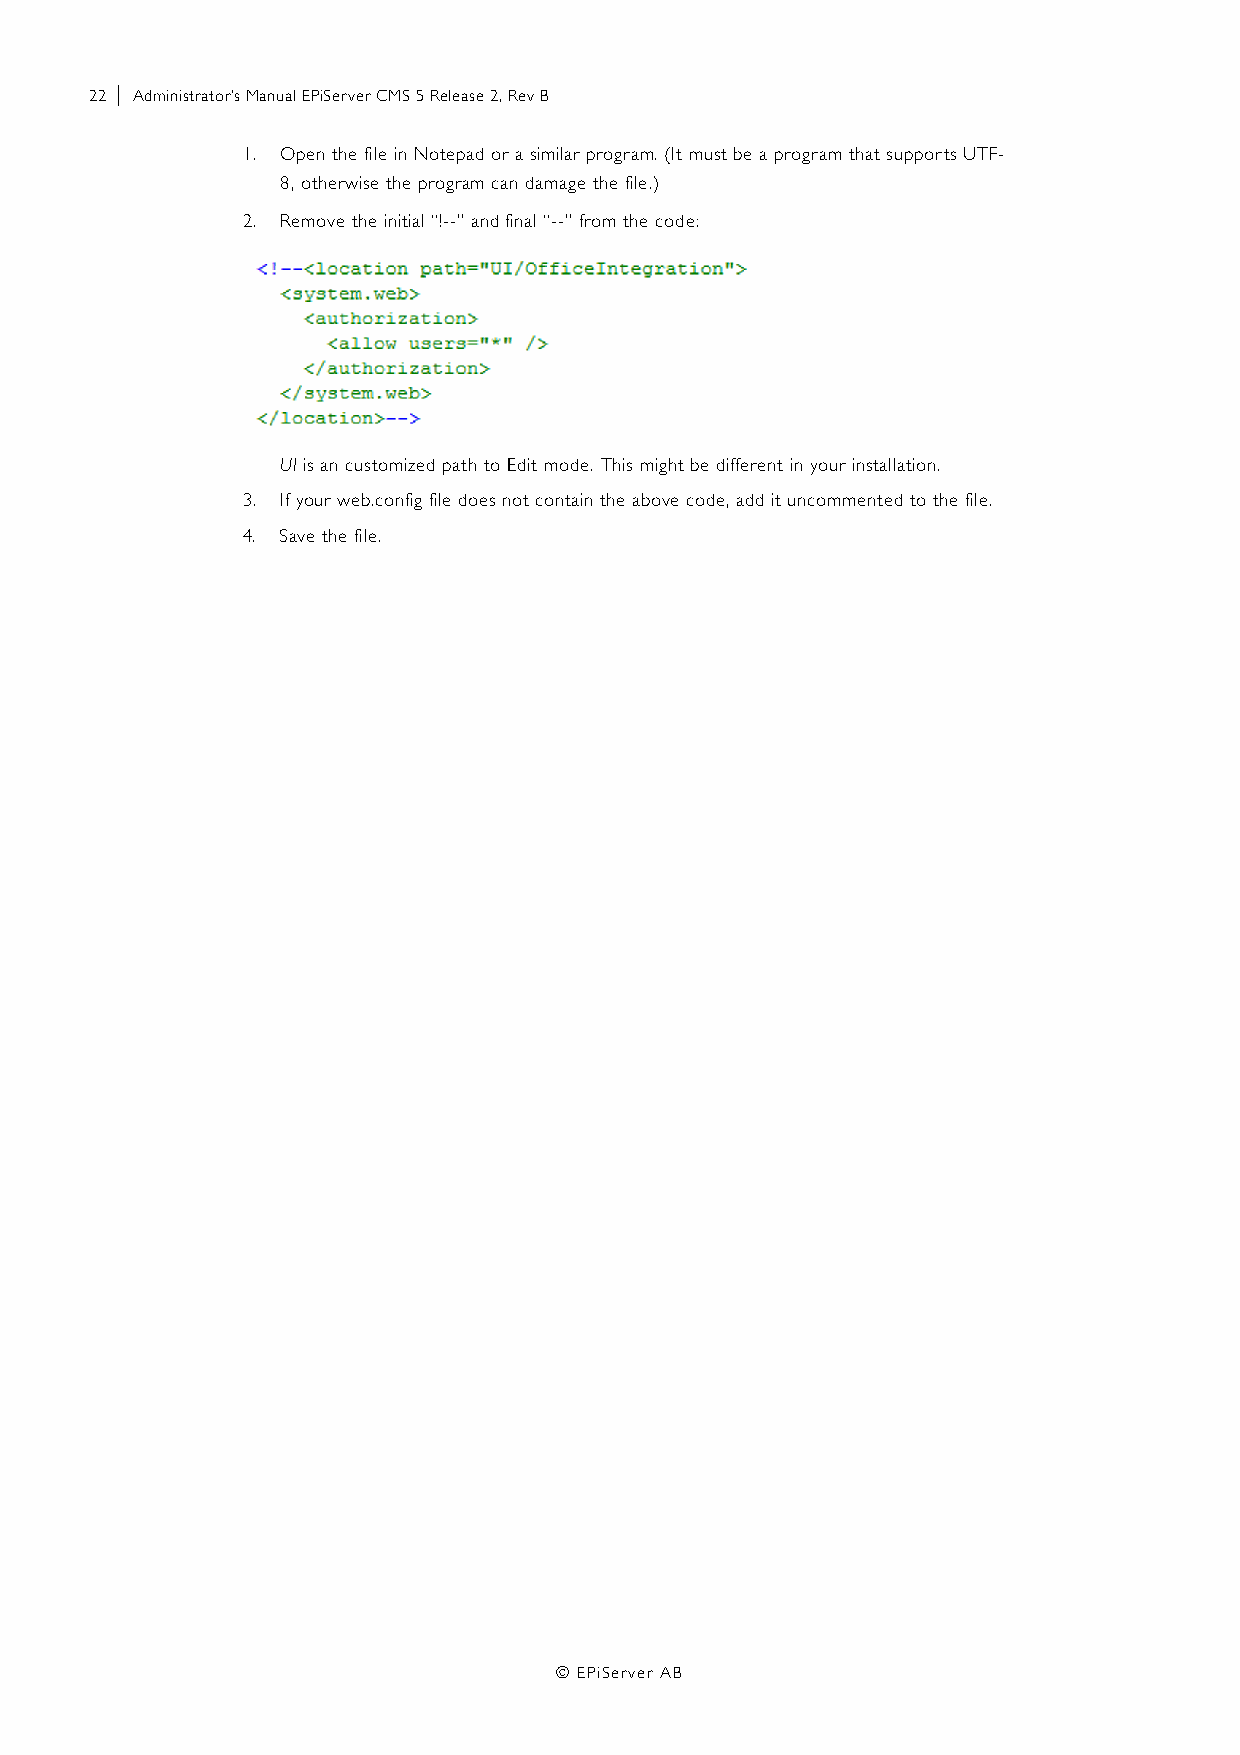
22 | Administrator’s Manual EPiServer CMS 5 Release 2, Rev B
 1. Open the file in Notepad or a similar program. (It must be a program that supports UTF-
 8, otherwise the program can damage the file.)
 2. Remove the initial “!--” and final “--” from the code:
 UI is an customized path to Edit mode. This might be different in your installation.
 3. If your web.config file does not contain the above code, add it uncommented to the file.
 4. Save the file.
 © EPiServer AB